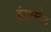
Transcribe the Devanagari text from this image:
वंडरस्टैंड